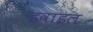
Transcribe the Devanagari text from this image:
इवाइल